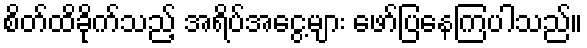
စိတ်ထိခိုက်သည့် အရိပ်အငွေ့များ ဖော်ပြနေကြပါသည်။